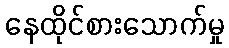
နေထိုင်စားသောက်မှု